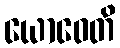
ယောဝေတိ